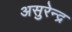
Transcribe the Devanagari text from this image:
असुरेन्द्र